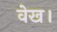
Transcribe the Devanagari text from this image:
वेख।